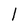
Character: l